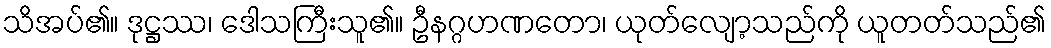
သိအပ်၏။ ဒုဋ္ဌဿ၊ ဒေါသကြီးသူ၏။ ဦနဂ္ဂဟဏတော၊ ယုတ်လျော့သည်ကို ယူတတ်သည်၏